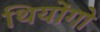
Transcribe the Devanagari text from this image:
थियोंगो